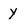
Character: Y